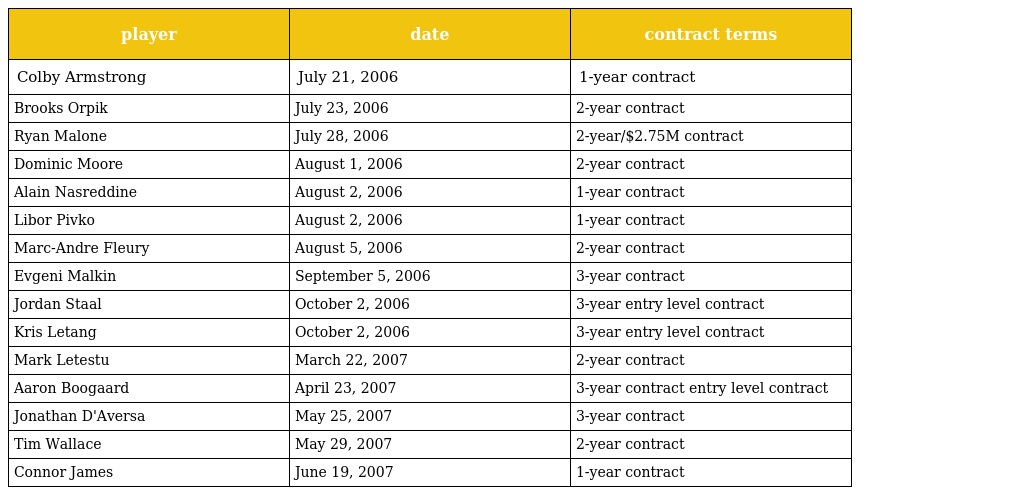
| player | date | contract terms |
 | --- | --- | --- |
 | Colby Armstrong | July 21, 2006 | 1-year contract |
 | Brooks Orpik | July 23, 2006 | 2-year contract |
 | Ryan Malone | July 28, 2006 | 2-year/$2.75M contract |
 | Dominic Moore | August 1, 2006 | 2-year contract |
 | Alain Nasreddine | August 2, 2006 | 1-year contract |
 | Libor Pivko | August 2, 2006 | 1-year contract |
 | Marc-Andre Fleury | August 5, 2006 | 2-year contract |
 | Evgeni Malkin | September 5, 2006 | 3-year contract |
 | Jordan Staal | October 2, 2006 | 3-year entry level contract |
 | Kris Letang | October 2, 2006 | 3-year entry level contract |
 | Mark Letestu | March 22, 2007 | 2-year contract |
 | Aaron Boogaard | April 23, 2007 | 3-year contract entry level contract |
 | Jonathan D'Aversa | May 25, 2007 | 3-year contract |
 | Tim Wallace | May 29, 2007 | 2-year contract |
 | Connor James | June 19, 2007 | 1-year contract |